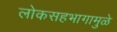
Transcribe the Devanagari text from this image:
लोकसहभागामुळे